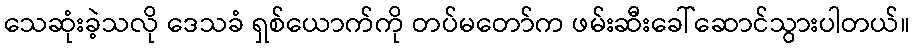
သေဆုံးခဲ့သလို ဒေသခံ ရှစ်ယောက်ကို တပ်မတော်က ဖမ်းဆီးခေါ်ဆောင်သွားပါတယ်။